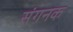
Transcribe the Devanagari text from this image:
संगनक